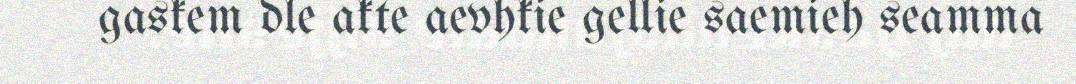
gaskem dle akte aevhkie gellie saemieh seamma